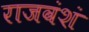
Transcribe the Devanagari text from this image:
राजवंशं